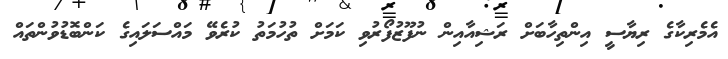
އެމެރިކާގެ ރިޔާސީ އިންތިހާބަށް ރަޝިއާއިން ނުފޫޒުފޯރުވި ކަމަށް ތުހުމަތު ކުރެވޭ މައްސަލައިގެ ކަންބޮޑުވުންތައް